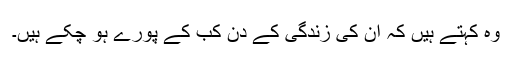
وہ کہتے ہیں کہ ان کی زندگی کے دن کب کے پورے ہو چکے ہیں۔